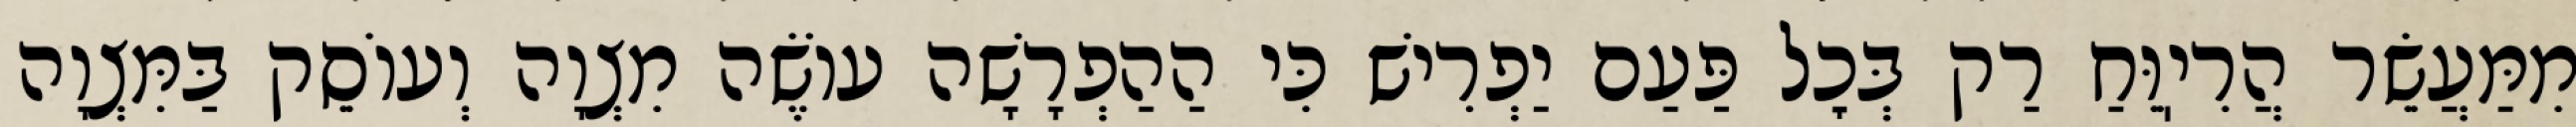
מִמַּעֲשֵׂר הֲרִיֽוֵּחַ רַק בְּכׇל פַּעַם יַפְרִישׁ כִּי הַהַפְרָשָׁה עוֹשֶׂה מִצְוָה וְעוֹסֵק בַּמִּצְוָה